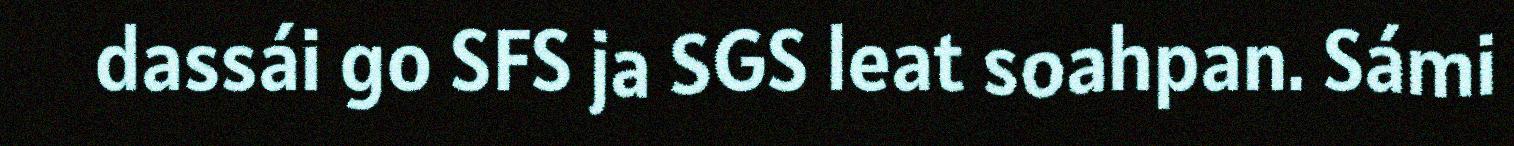
dassái go SFS ja SGS leat soahpan. Sámi